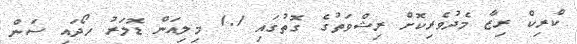
ކްރިކް ރިޒާ މެދުވެރިކޮށް ރިޝްވަތުގެ ގޮތުގައި 1.1 މިލިއަން ޑޮލަރު ހޯދައި ސަން